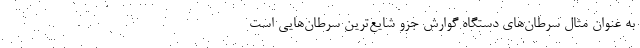
به عنوان مثال سرطان‌های دستگاه گوارش جزو شایع‌ترین سرطان‌هایی است